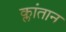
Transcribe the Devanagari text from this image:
क्लांतान